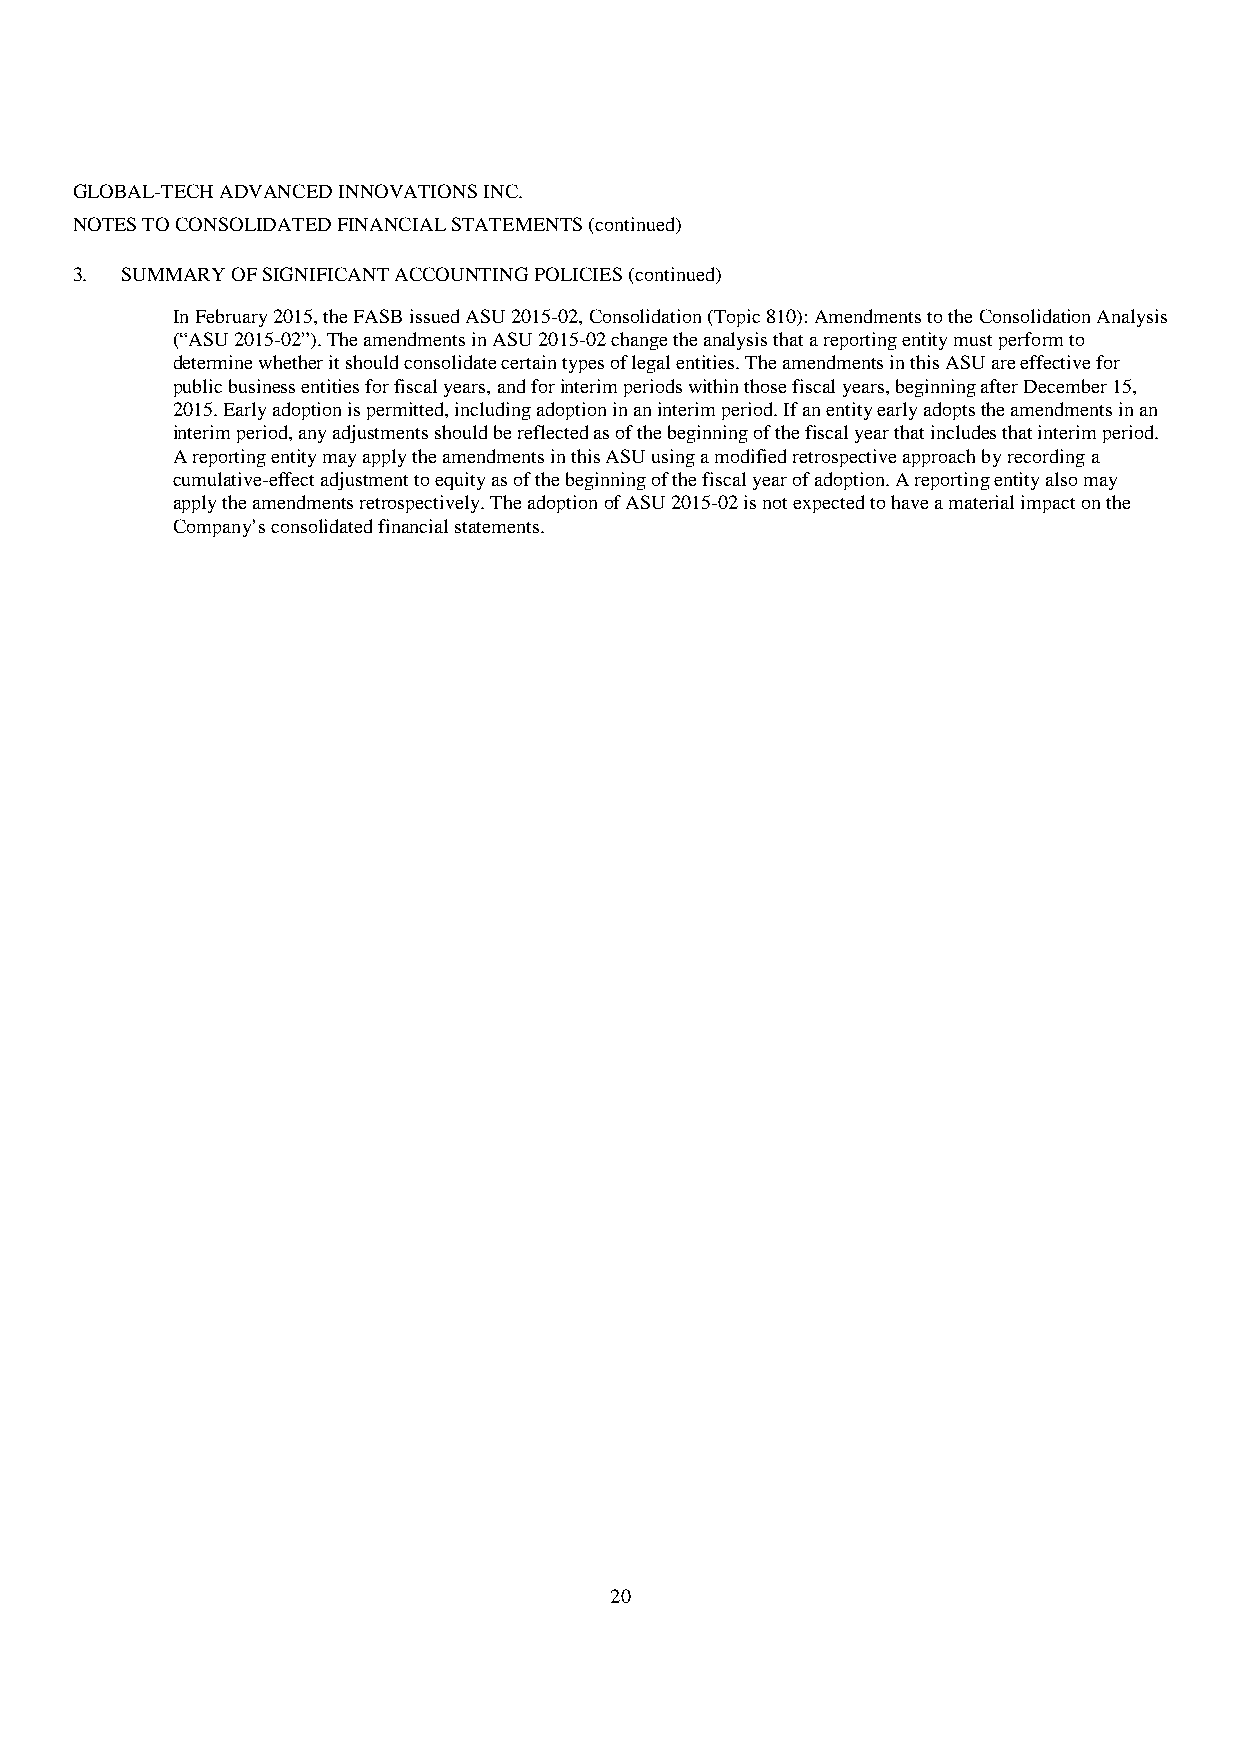
GLOBAL-TECH ADVANCED INNOVATIONS INC.
 NOTES TO CONSOLIDATED FINANCIAL STATEMENTS (continued)
 3. SUMMARY OF SIGNIFICANT ACCOUNTING POLICIES (continued)
 In February 2015, the FASB issued ASU 2015-02, Consolidation (Topic 810): Amendments to the Consolidation Analysis
 (“ASU 2015-02”). The amendments in ASU 2015-02 change the analysis that a reporting entity must perform to
 determine whether it should consolidate certain types of legal entities. The amendments in this ASU are effective for
 public business entities for fiscal years, and for interim periods within those fiscal years, beginning after December 15,
 2015. Early adoption is permitted, including adoption in an interim period. If an entity early adopts the amendments in an
 interim period, any adjustments should be reflected as of the beginning of the fiscal year that includes that interim period.
 A reporting entity may apply the amendments in this ASU using a modified retrospective approach by recording a
 cumulative-effect adjustment to equity as of the beginning of the fiscal year of adoption. A reporting entity also may
 apply the amendments retrospectively. The adoption of ASU 2015-02 is not expected to have a material impact on the
 Company’s consolidated financial statements.
 20